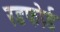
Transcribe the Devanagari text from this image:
रडफोर्ड